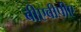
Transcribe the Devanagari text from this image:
बीएवीपीए